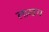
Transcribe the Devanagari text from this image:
लाखच